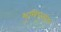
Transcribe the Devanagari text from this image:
भुमिपुत्रांन